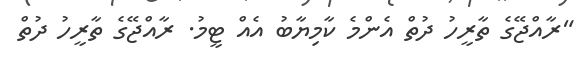
"ރާއްޖޭގެ ތާރީހު ދުތް އެންމެ ކާމިޔާބު އެއް ޓީމު. ރާއްޖޭގެ ތާރީހު ދުތް